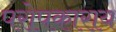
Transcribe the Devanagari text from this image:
परोपकाराय